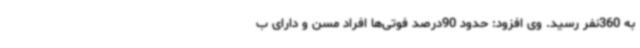
به 360نفر رسید. وی افزود: حدود 90درصد فوتی‌ها افراد مسن و دارای ب